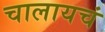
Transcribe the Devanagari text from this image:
चालायचं